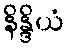
နိန္ဒိယံ